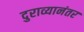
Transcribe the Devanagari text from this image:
दुराव्यानंतर